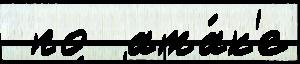
 по  ата́к'е